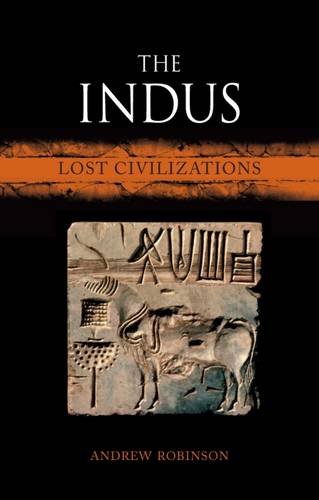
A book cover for The Indus: Lost Civilizations; Andrew Robinson; Science & Math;